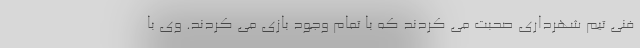
فنی تیم شهرداری صحبت می کردند که با تمام وجود بازی می کردند. وی با